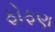
ફોફણ